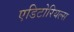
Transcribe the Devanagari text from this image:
एडिटोरियल्स